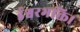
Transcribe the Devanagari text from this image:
ईश्वरभक्ति।